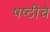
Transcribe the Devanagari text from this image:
षष्ठीचे